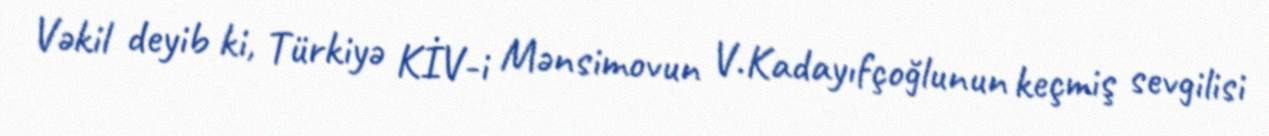
Vəkil deyib ki, Türkiyə KİV-i Mənsimovun V.Kadayıfçoğlunun keçmiş sevgilisi